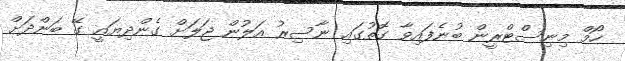
ހޯމް މިނިސްޓްރީން ބުނެފައިވާ ގޮތުގައި ނާސިރު އަލުން ޖަލަށް ގެންދިޔައީ ގޭ ބަންދަށް